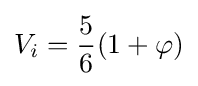
V_{i}={\frac {5}{6}}(1+\varphi )